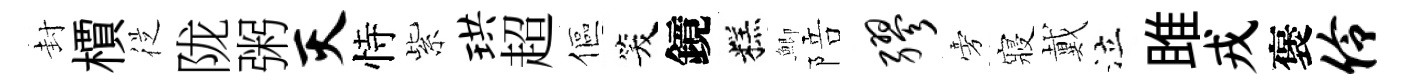
封檟従陇粥灭恃紫珙超傴笑鏡糕鯽陪缪旁寢戴泣雎戎褒伶